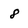
Character: 8